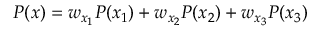
P ( x ) = w _ { x _ { 1 } } P ( x _ { 1 } ) + w _ { x _ { 2 } } P ( x _ { 2 } ) + w _ { x _ { 3 } } P ( x _ { 3 } )